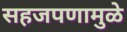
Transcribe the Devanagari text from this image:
सहजपणामुळे